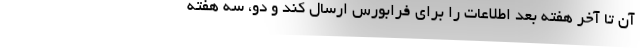
آن تا آخر هفته بعد اطلاعات را برای فرابورس ارسال کند و دو، سه هفته